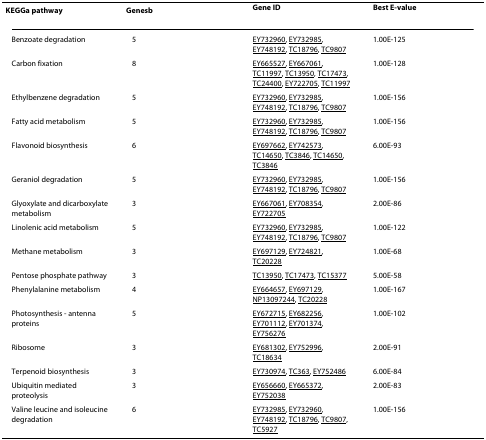
<table><thead><tr><td><b>KEGG<sup>a </sup>pathway</b></td><td><b>Genes<sup>b</sup></b></td><td><b>Gene ID</b></td><td><b>Best E-value</b></td></tr></thead><tbody><tr><td>Benzoate degradation</td><td>5</td><td>EY732960, EY732985, EY748192, TC18796, TC9807</td><td>1.00E-125</td></tr><tr><td>Carbon fixation</td><td>8</td><td>EY665527, EY667061, TC11997, TC13950, TC17473, TC24400, EY722705, TC11997</td><td>1.00E-128</td></tr><tr><td>Ethylbenzene degradation</td><td>5</td><td>EY732960, EY732985, EY748192, TC18796, TC9807</td><td>1.00E-156</td></tr><tr><td>Fatty acid metabolism</td><td>5</td><td>EY732960, EY732985, EY748192, TC18796, TC9807</td><td>1.00E-156</td></tr><tr><td>Flavonoid biosynthesis</td><td>6</td><td>EY697662, EY742573, TC14650, TC3846, TC14650, TC3846</td><td>6.00E-93</td></tr><tr><td>Geraniol degradation</td><td>5</td><td>EY732960, EY732985, EY748192, TC18796, TC9807</td><td>1.00E-156</td></tr><tr><td>Glyoxylate and dicarboxylate metabolism</td><td>3</td><td>EY667061, EY708354, EY722705</td><td>2.00E-86</td></tr><tr><td>Linolenic acid metabolism</td><td>5</td><td>EY732960, EY732985, EY748192, TC18796, TC9807</td><td>1.00E-122</td></tr><tr><td>Methane metabolism</td><td>3</td><td>EY697129, EY724821, TC20228</td><td>1.00E-68</td></tr><tr><td>Pentose phosphate pathway</td><td>3</td><td>TC13950, TC17473, TC15377</td><td>5.00E-58</td></tr><tr><td>Phenylalanine metabolism</td><td>4</td><td>EY664657, EY697129, NP13097244, TC20228</td><td>1.00E-167</td></tr><tr><td>Photosynthesis - antenna proteins</td><td>5</td><td>EY672715, EY682256, EY701112, EY701374, EY756276</td><td>1.00E-102</td></tr><tr><td>Ribosome</td><td>3</td><td>EY681302, EY752996, TC18634</td><td>2.00E-91</td></tr><tr><td>Terpenoid biosynthesis</td><td>3</td><td>EY730974, TC363, EY752486</td><td>6.00E-84</td></tr><tr><td>Ubiquitin mediated proteolysis</td><td>3</td><td>EY656660, EY665372, EY752038</td><td>2.00E-83</td></tr><tr><td>Valine leucine and isoleucine degradation</td><td>6</td><td>EY732985, EY732960, EY748192, TC18796, TC9807, TC5927</td><td>1.00E-156</td></tr></tbody></table>